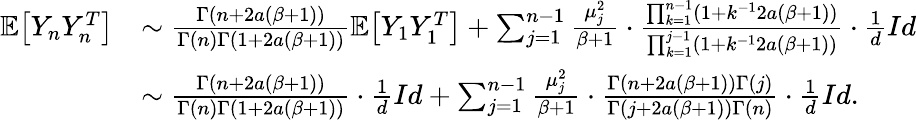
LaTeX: \begin{array}{rl}{\mathbb{E}\big[Y_{n}Y_{n}^{T}\big]}&{\sim\frac{\Gamma(n+2a(\beta+1))}{\Gamma(n)\Gamma(1+2a(\beta+1))}\mathbb{E}\big[Y_{1}Y_{1}^{T}\big]+\sum_{j=1}^{n-1}\frac{\mu_{j}^{2}}{\beta+1}\cdot\frac{\prod_{k=1}^{n-1}(1+k^{-1}2a(\beta+1))}{\prod_{k=1}^{j-1}(1+k^{-1}2a(\beta+1))}\cdot\frac{1}{d}Id}\\ &{\sim\frac{\Gamma(n+2a(\beta+1))}{\Gamma(n)\Gamma(1+2a(\beta+1))}\cdot\frac{1}{d}Id+\sum_{j=1}^{n-1}\frac{\mu_{j}^{2}}{\beta+1}\cdot\frac{\Gamma(n+2a(\beta+1))\Gamma(j)}{\Gamma(j+2a(\beta+1))\Gamma(n)}\cdot\frac{1}{d}Id.}\end{array}